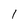
Character: l